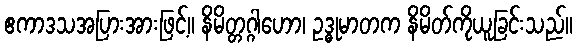
ဧကာဒသအပြားအားဖြင့်။ နိမိတ္တဂ္ဂါဟော၊ ဥဒ္ဓုမာတက နိမိတ်ကိုယူခြင်းသည်။